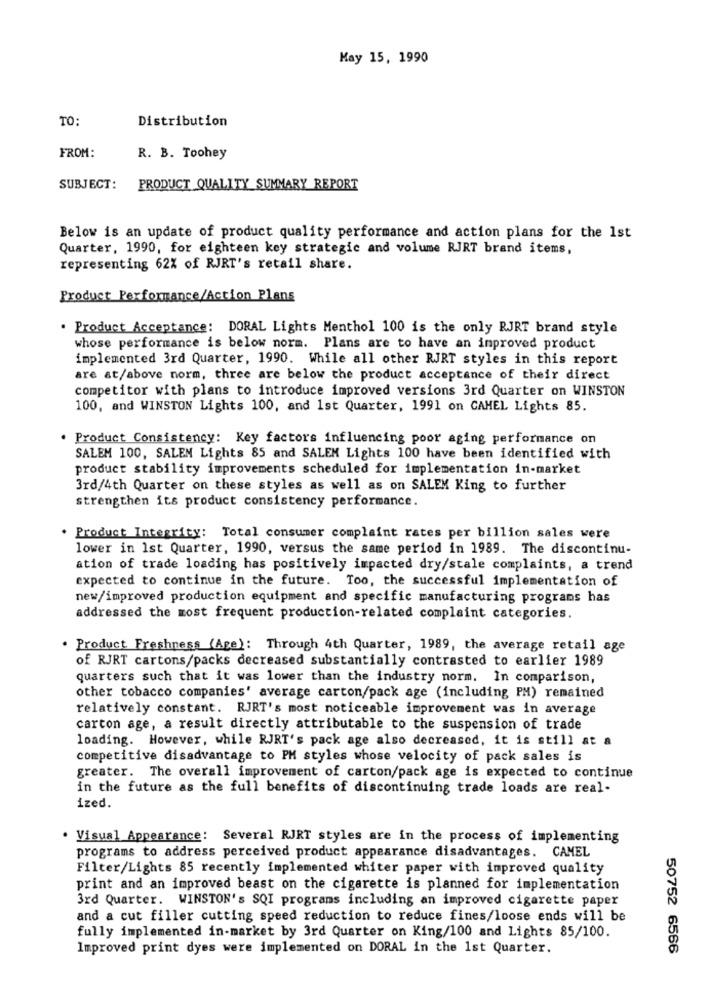
Kay 15, 1990
TO:
Distribution
FROM:
R. B. Toohey
SUBJECT:
PRODUCT QUALITY SUMMARY REPORT
Below is an update of product quality performance and action plans for the 1st
Quarter, 1990, for eighteen key strategic and volume RJRT brand items,
representing 62% of RJRT's retail share.
Product Performance/Action Plans
Product Acceptance: DORAL Lights Menthol 100 is the only RJRT brand style
whose performance is below norm. Plans are to have an improved product
implemented 3rd Quarter, 1990. While all other RJRT styles in this report
are at/above norm, three are below the product acceptance of their direct
competitor with plans to introduce improved versions 3rd Quarter on WINSTON
100, and WINSTON Lights 100, and 1st Quarter, 1991 on CAMEL Lights 85.
. Product Consistency: Key factors influencing poor aging performance on
SALEM 100, SALEN Lights 85 and SALEM Lights 100 have been identified with
product stability improvements scheduled for implementation in-market
3rd/4th Quarter on these styles as well as on SALEM King to further
strengthen its product consistency performance.
. Product Integrity: Total consumer complaint rates per billion sales were
lower in 1st Quarter, 1990, versus the same period in 1989. The discontinu-
ation of trade loading has positively impacted dry/stale complaints, a trend
expected to continue in the future. Too, the successful implementation of
new/improved production equipment and specific manufacturing programs has
addressed the most frequent production-related complaint categories.
. Product Freshness (Age): Through 4th Quarter, 1989, the average retail age
of RJRT cartons/packs decreased substantially contrasted to earlier 1989
quarters such that it was lower than the industry norm. In comparison,
other tobacco companies' average carton/pack age (including PM) remained
relatively constant. RJRT's most noticeable improvement was in average
carton age, a result directly attributable to the suspension of trade
loading. However, while RJRT's pack age also decreased, it is still at a
competitive disadvantage to PM styles whose velocity of pack sales is
greater. The overall improvement of carton/pack age is expected to continue
in the future as the full benefits of discontinuing trade loads are real-
ized.
. Visual Appearance: Several RJRT styles are in the process of implementing
programs to address perceived product appearance disadvantages. CAMEL
Filter/Lights 85 recently implemented whiter paper with improved quality
print and an improved beast on the cigarette is planned for implementation
3rd Quarter. WINSTON's SQI programs including an improved cigarette paper
and a cut filler cutting speed reduction to reduce fines/loose ends will be
fully implemented in-market by 3rd Quarter on King/100 and Lights 85/100.
Improved print dyes were implemented on DORAL in the 1st Quarter.
50752 6566